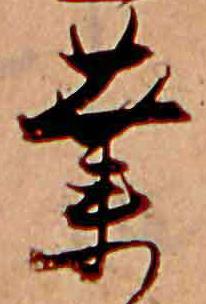
業